Lunatic asylums Bombay report 1891-1903 - 1891-1903
Year: 1891
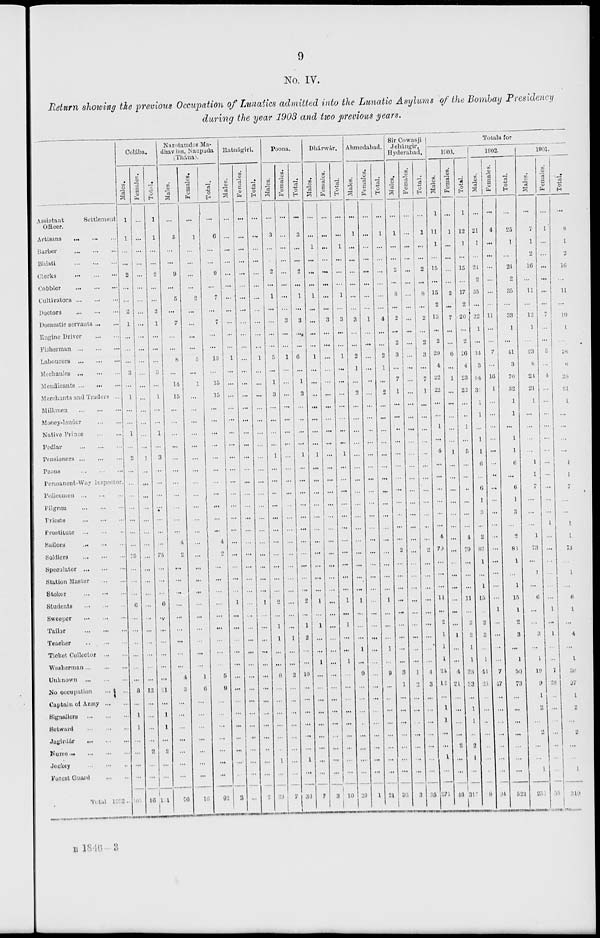
9
No. IV.
Return showing the previous Occupation of Lunatics admitted into the Lunatic Asylums of the Bombay Presidency
during the year 1903 and two previous years.
Assistant
Settlement
Officer.
Artisans
...
...
...
Barber
...
...
...
Bhisti
...
...
...
Clerks
...
...
...
Cobbler
...
...
...
Cultivators
...
...
...
Doctors
...
...
...
Domestic servants ... ...
Engine Driver ... ... ...
Fisherman
...
...
...
Labourers
...
...
...
Mechanies
...
...
...
Mendicants ... ... ...
Merchants and Traders ...
Millamen
...
...
...
Money-lender ... ...
Native Prince ... ...
Pedlar
...
...
...
Pensioners
...
...
...
Peons
...
...
...
Permanent-Way inepector.
Policemen
...
...
...
Pilgrim
...
...
...
Priests
...
...
...
Prostitute ... ... ...
Sailors ... ... ...
Soldiers ... ... ...
Speculator ... ... ...
Station Master ... ...
Stoker ... ... ...
Students ... ... ...
Sweeper
...
...
...
Tailor
...
...
...
Teacher ... ... ...
Ticket Collector
...
...
Washerman
...
...
...
Unknown
...
...
...
No occupation
...
...
Captain of Army ... ...
Signallers
...
...
...
Setward
...
...
...
Jagirdár
...
...
...
Nurse
...
...
...
Jockey ... ... ...
Forest Guard ... ...
Total 1903 ...
Colába.
Males.
1
1
...
...
2
...
...
2
1
...
...
...
3
...
1
...
...
1
...
2
...
...
...
...
...
...
...
75
...
...
...
6
...
...
...
...
...
...
8
...
1
1
...
...
...
...
105
Females.
...
...
...
...
...
...
...
...
...
...
...
...
...
...
...
...
...
...
...
1
...
...
...
...
...
...
...
...
...
...
...
...
...
...
...
...
...
...
13
...
...
...
...
2
...
...
16
Total.
1
1
...
...
2
...
...
2
1
...
...
...
3
...
1
...
...
1
...
3
...
...
...
...
...
...
...
75
...
...
...
6
...
...
...
...
...
...
21
...
1
1
...
2
...
...
121
Narotamdas Ma-
dhavdas, Naupada
(Thána).
Males.
...
5
...
...
9
...
5
...
7
...
...
8
...
14
15
...
...
...
...
...
...
...
...
...
...
...
4
2
...
...
...
...
...
...
...
...
...
4
3
...
...
...
...
...
...
...
76
Females.
...
1
...
...
...
...
2
...
...
...
...
5
...
1
...
...
...
...
...
...
...
...
...
...
...
...
...
...
...
...
...
...
...
...
...
...
...
1
6
...
...
...
...
...
...
...
16
Total.
...
6
...
...
9
...
7
...
7
...
...
13
...
15
15
...
...
...
...
...
...
...
...
...
...
...
4
2
...
...
...
...
...
...
...
...
...
5
9
...
...
...
...
...
...
...
92
Ratnágiri.
Males.
...
...
...
...
...
...
...
...
...
...
...
1
...
...
...
...
...
...
...
...
...
...
...
...
...
...
...
...
...
...
...
1
...
...
...
...
...
...
...
...
...
...
...
...
...
...
2
Females.
...
...
...
...
...
...
...
...
...
...
...
...
...
...
...
...
...
...
...
...
...
...
...
...
...
...
...
...
...
...
...
...
...
...
...
...
...
...
...
...
...
...
...
...
...
...
...
Total.
...
...
...
...
...
...
...
...
...
...
...
1
...
...
...
...
...
...
...
...
...
...
...
...
...
...
...
...
...
...
...
1
...
...
...
...
...
...
...
...
...
...
...
...
...
...
2
Poona.
Males.
...
3
...
...
2
...
1
...
...
...
...
5
...
1
3
...
...
...
...
1
...
...
...
...
...
...
...
...
...
...
...
2
...
1
1
...
...
8
...
...
...
...
...
...
1
...
29
Females.
...
...
...
...
...
...
...
...
3
...
...
1
...
...
...
...
...
...
...
...
...
...
...
...
...
...
...
...
...
...
...
...
...
...
1
...
...
2
...
...
...
...
...
...
...
...
7
Total.
...
3
...
...
2
...
1
...
3
...
...
6
...
1
3
...
...
...
...
1
...
...
...
...
...
...
...
...
...
...
...
2
...
1
2
...
...
10
...
...
...
...
...
...
1
...
36
Dhárwár,
Males.
...
...
1
...
...
...
1
...
...
...
...
1
...
...
...
...
...
...
...
1
...
...
...
...
...
...
...
...
...
...
...
1
...
1
...
...
1
...
...
...
...
...
...
...
...
...
7
Females.
...
...
...
...
...
...
...
...
3
...
...
...
...
...
...
...
...
...
...
...
...
...
...
...
...
...
...
...
...
...
...
...
...
...
...
...
...
...
...
...
...
...
...
...
...
...
3
Total.
...
...
1
...
...
...
1
...
3
...
...
1
...
...
...
...
...
...
...
1
...
...
...
...
...
...
...
...
...
...
...
1
...
1
...
...
1
...
...
...
...
...
...
...
...
...
10
Ahmedabad.
Males.
...
1
...
...
...
...
...
...
3
...
...
2
1
...
2
...
...
...
...
...
...
...
...
...
...
...
...
...
...
...
...
1
...
...
...
1
...
9
...
...
...
...
...
...
...
...
20
Females.
...
...
...
...
...
...
...
...
1
...
...
...
...
...
...
...
...
...
...
...
...
...
...
...
...
...
...
...
...
...
...
...
...
...
...
...
...
...
...
...
...
...
...
...
...
...
1
Total.
...
1
...
...
...
...
...
...
4
...
...
2
1
...
2
...
...
...
...
...
...
...
...
...
...
...
...
...
...
...
...
1
...
...
...
1
...
9
...
...
...
...
...
...
...
...
21
Sir Cowasji
Jehánágir,
Hyderabad.
Males.
...
1
...
...
2
...
8
...
2
...
2
3
...
7
1
...
...
...
...
...
...
...
...
...
...
...
...
2
...
...
...
...
...
...
...
...
...
3
1
...
...
...
...
...
...
...
32
Females.
...
...
...
...
...
...
...
...
...
...
...
...
...
...
...
...
...
...
...
...
...
...
...
...
...
...
...
...
...
...
...
...
...
...
...
...
...
1
2
...
...
...
...
...
...
...
3
Total.
...
1
...
...
2
...
8
...
2
...
2
3
...
7
1
...
...
...
...
...
...
...
...
...
...
...
...
2
...
...
...
...
...
...
...
...
...
4
3
...
...
...
...
...
...
...
35
Totals for
1903.
Males.
1
11
1
...
15
...
15
2
13
...
2
20
4
22
22
...
...
1
...
4
...
...
...
...
...
...
4
79
...
...
...
11
...
2
1
1
1
24
12
...
1
1
...
...
1
...
271
Females.
...
1
...
...
...
...
2
...
7
...
...
6
...
1
...
...
...
...
...
1
...
...
...
...
...
...
...
...
...
...
...
...
...
...
1
...
...
4
21
...
...
...
...
2
...
...
46
Total.
1
12
1
...
15
...
17
2
20
...
2
26
4
23
22
...
...
1
...
5
...
...
...
...
...
...
4
79
...
...
...
11
...
2
2
1
1
28
33
...
1
l
...
2
1
...
317
1902.
Males.
...
21
1
...
24
2
35
...
22
1
...
34
3
54
31
1
1
...
1
1
6
...
6
1
3
...
2
86
1
...
1
15
...
2
3
...
1
43
26
...
...
...
...
...
...
...
428
Females.
...
4
...
...
...
...
...
...
11
...
...
7
...
16
1
...
...
...
...
...
...
...
...
...
...
...
...
...
...
...
...
...
1
...
...
...
...
7
47
...
...
...
...
...
...
...
94
Total.
...
25
1
...
24
2
35
...
33
1
...
41
3
70
32
1
1
...
1
1
6
...
6
1
3
...
2
86
1
...
1
15
1
2
3
...
1
50
73
...
...
...
...
...
...
...
522
1901
Males.
...
7
1
2
16
...
11
...
12
1
...
23
8
24
21
1
...
...
...
...
1
1
7
...
...
...
1
73
...
1
...
6
...
...
3
...
1
19
9
1
2
...
2
...
...
1
255
Females.
...
1
...
...
...
...
...
...
7
...
...
5
...
4
...
...
...
...
...
...
...
...
...
...
...
1
...
...
...
...
...
...
1
...
1
...
...
7
28
...
...
...
...
...
...
...
55
Total.
...
8
1
2
16
...
11
...
19
1
...
28
8
28
21
1
...
...
...
...
1
1
7
...
...
1
1
73
...
1
...
6
1
...
4
...
1
26
37
1
2
...
2
...
...
1
310
B
1846—3